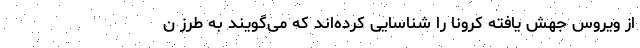
از ویروس جهش یافته کرونا را شناسایی کرده‌اند که می‌گویند به طرز ن